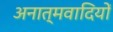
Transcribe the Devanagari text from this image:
अनात्मवादियों